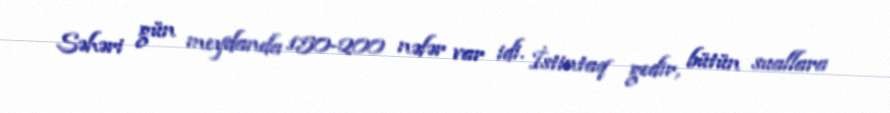
Səhəri gün meydanda 150-200 nəfər var idi. İstintaq gedir, bütün suallara